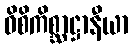
ဝိစိကိစ္ဆာဋ္ဌာနီယာ